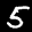
Label: 5